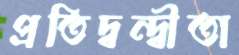
প্রতিদ্বন্দ্বীতা